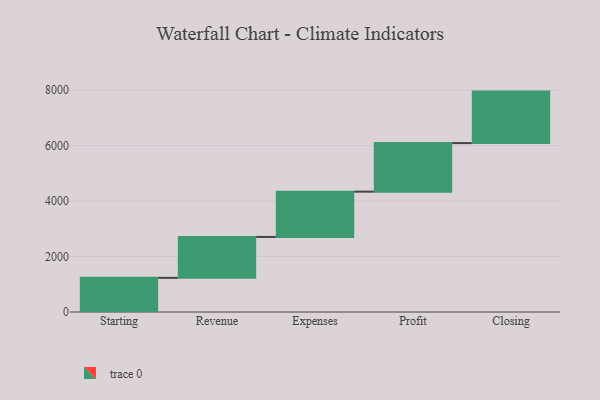
{"axis": {"x": "Step", "y": "Value"}, "legend": [""], "data": [{"x": "Starting", "y": 1231.0, "type": ""}, {"x": "Revenue", "y": 1475.0, "type": ""}, {"x": "Expenses", "y": 1633.0, "type": ""}, {"x": "Profit", "y": 1750.0, "type": ""}, {"x": "Closing", "y": 1857.0, "type": ""}]}